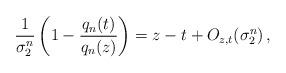
LaTeX: \begin{align*}\frac{1}{\sigma_2^n} \left( 1- \frac{q_n(t)}{q_n(z)}\right) = z - t + O_{z,t}(\sigma_2^n)\,,\end{align*}